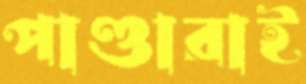
পাণ্ডারাই